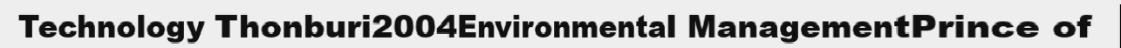
Technology Thonburi2004Environmental ManagementPrince of